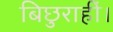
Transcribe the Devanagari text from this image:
बिछुराहीं।